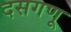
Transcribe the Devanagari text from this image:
दसगणू